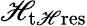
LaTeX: \mathscr{H}_{\mathrm{{t\mathscr{H}res}}}